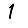
Digit: 1